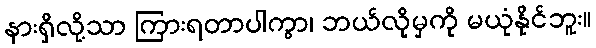
နားရှိလို့သာ ကြားရတာပါကွာ၊ ဘယ်လိုမှကို မယုံနိုင်ဘူး။